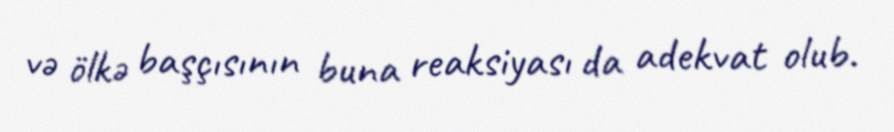
və ölkə başçısının buna reaksiyası da adekvat olub.